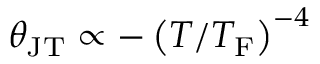
\theta _ { \mathrm { J T } } \propto - \left( T / { T _ { \mathrm { F } } } \right) ^ { - 4 }